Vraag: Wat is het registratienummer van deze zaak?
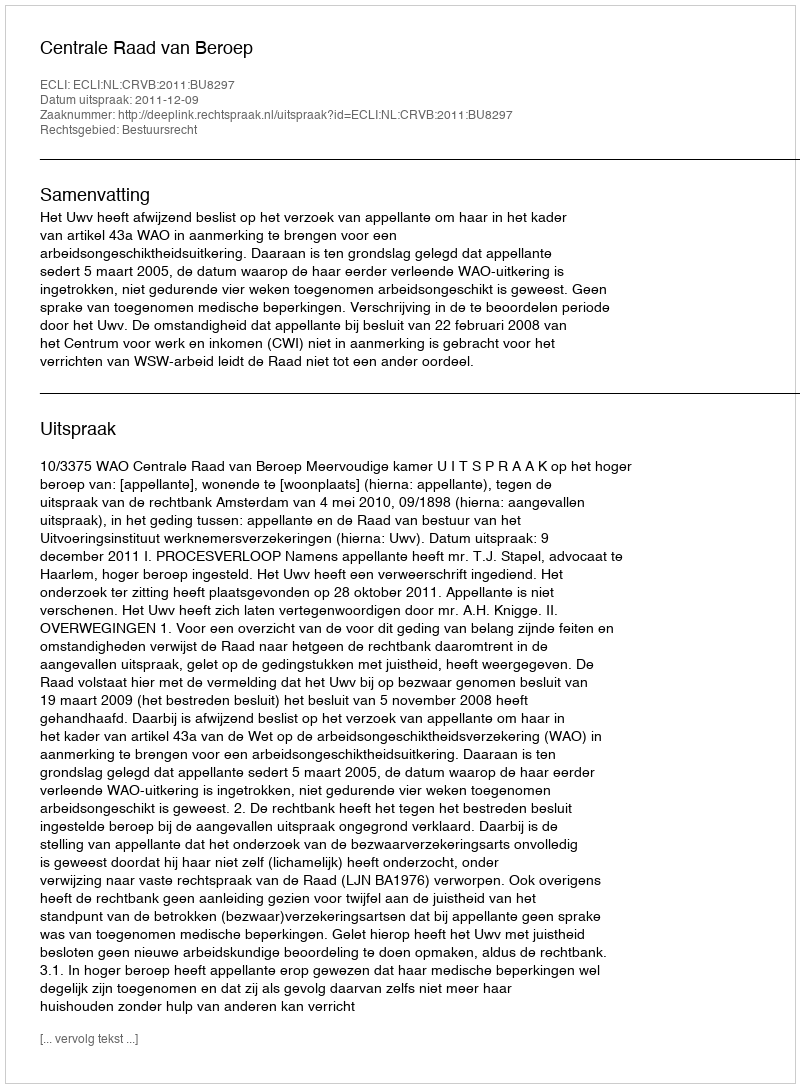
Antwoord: http://deeplink.rechtspraak.nl/uitspraak?id=ECLI:NL:CRVB:2011:BU8297